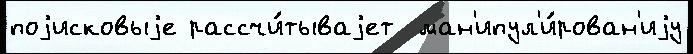
поjисковыjе рассчи́тываjет  ман'ипул'и́рован'иjу